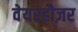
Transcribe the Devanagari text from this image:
वेयरहौज़र